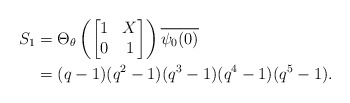
\begin{align*}S_{1} &= \Theta_{\theta} \left (\begin{bmatrix} 1 & X \\ 0 & 1 \end{bmatrix}\right ) \overline{\psi_{0}(0)} \\&= (q-1)(q^{2}-1)(q^{3}-1)(q^4-1)(q^5-1). \end{align*}